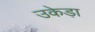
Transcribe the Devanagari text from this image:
उकेड़ा